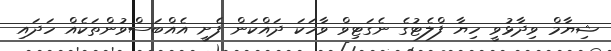
ޝިޔާމް ވިދާޅުވީ ހިޔާ ފްލެޓުގެ ނެގަޓިވް ވާހަކަ ދައްކަން ފެށީ އެއްބަސްވުންތަކެއް ހަދައި